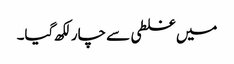
میں غلطی سے چار لکھ گیا۔